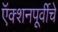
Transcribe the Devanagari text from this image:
ऍक्शनपूर्वीचे